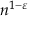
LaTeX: n ^ { 1 - \varepsilon }